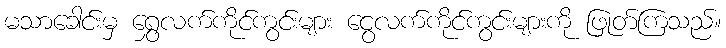
မသာခေါင်းမှ ရွှေလက်ကိုင်ကွင်းများ ငွေလက်ကိုင်ကွင်းများကို ဖြုတ်ကြသည်။